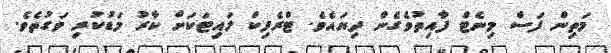
މަތިން ފަސް މިނެޓް ފާއިތުވެގެން ދިޔައެވެ. ޓްރެފިކް ލައިޓަކަށް ކާރު މަޑުކުރި ވަގުތެވެ.